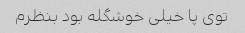
توی پا خیلی خوشگله بود بنظرم